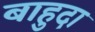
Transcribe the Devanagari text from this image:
बाहुदा